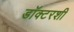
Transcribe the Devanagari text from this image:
डॉक्टरशी